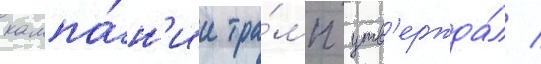
кампа́н'ии тра́мп утв'ержда́л /